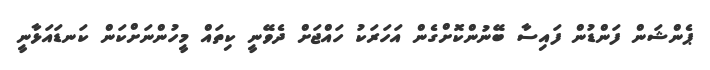
ޕެންޝަން ފަންޑުން ފައިސާ ބޭނުންކޮށްގެން އަހަރަކު ހައްޖަށް ދެވޭނީ ކިތައް މީހުންނަށްކަން ކަނޑައަޅާނީ